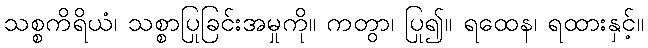
သစ္စကိရိယံ၊ သစ္စာပြုခြင်းအမှုကို။ ကတွာ၊ ပြု၍။ ရထေန၊ ရထားနှင့်။